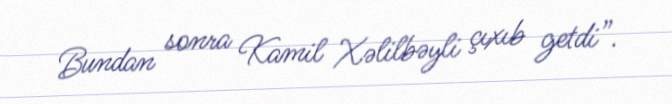
Bundan sonra Kamil Xəlilbəyli çıxıb getdi”.